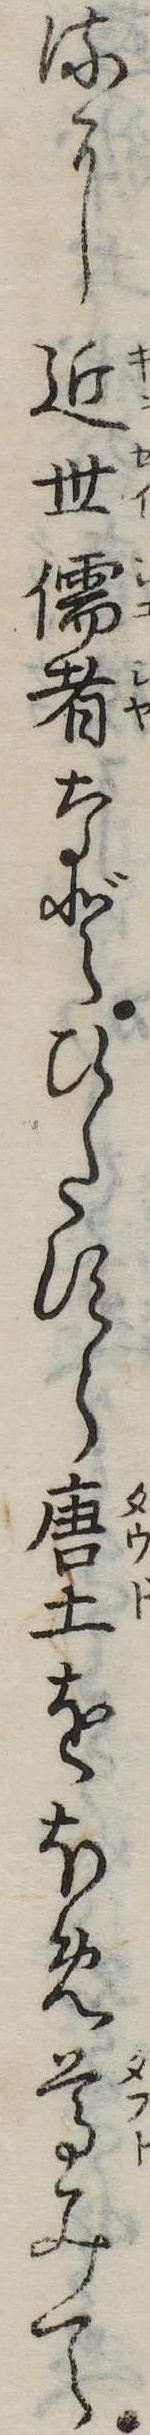
るに近世儒者などひたすら唐土をほめ尊みて